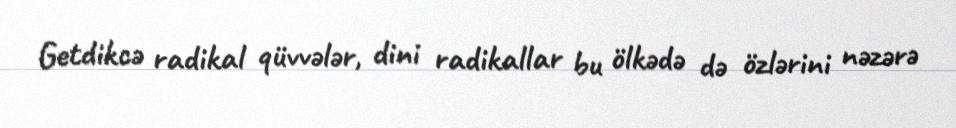
Getdikcə radikal qüvvələr, dini radikallar bu ölkədə də özlərini nəzərə